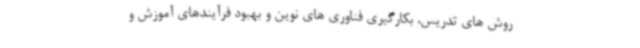
روش های تدریس، بکارگیری فناوری های نوین و بهبود فرآیندهای آموزش و